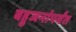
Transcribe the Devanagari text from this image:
बहुजनांपर्यंत